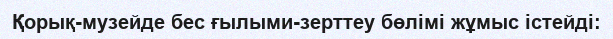
Қорық-музейде бес ғылыми-зерттеу бөлімі жұмыс істейді: